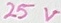
Text: 25V